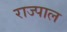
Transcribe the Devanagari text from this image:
राज्पाल